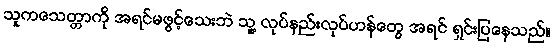
သူကသေတ္တာကို အရင်မဖွင့်သေးဘဲ သူ့ လုပ်နည်းလုပ်ဟန်တွေ အရင် ရှင်းပြနေသည်။